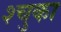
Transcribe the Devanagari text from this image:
श्चुका